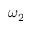
\omega _ { 2 }